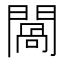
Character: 𨵧